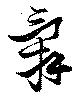
辭